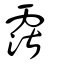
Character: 𩅾